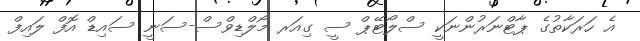
އެ ހަރަކާތުގެ ޕާޓްނަރުންނަކީ ސްލޯޓޭޕް ސީ ގިއަރ މޯލްޑިވްސް-ސަނީ ސައިޑް އޮފް ލައިފް